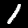
Digit: 1